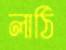
লাঠি